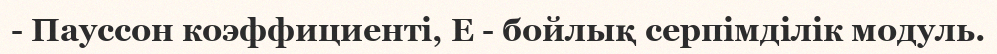
- Пауссон коэффициенті, Е - бойлық серпімділік модуль.